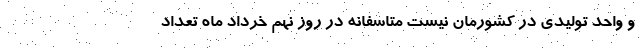
و واحد تولیدی در کشورمان نیست متاسفانه در روز نهم خرداد ماه تعداد